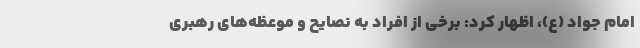
امام جواد (ع)، اظهار کرد: برخی از افراد به نصایح و موعظه‌های رهبری